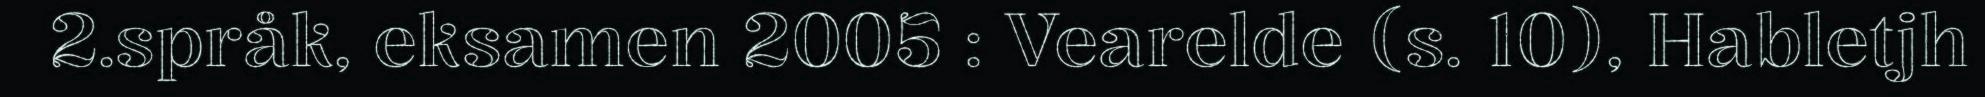
2.språk, eksamen 2005 : Vearelde (s. 10), Habletjh